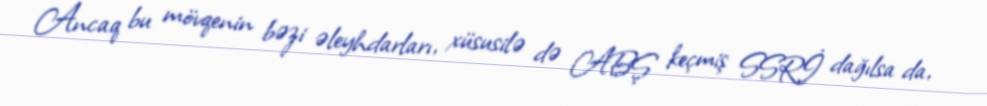
Ancaq bu mövqenin bəzi əleyhdarları, xüsusilə də ABŞ keçmiş SSRİ dağılsa da,